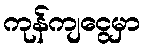
ကုန်ကျငွေမှာ